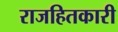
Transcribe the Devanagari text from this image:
राजहितकारी